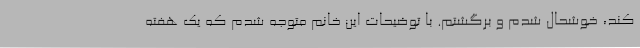
کند، خوشحال شدم و برگشتم. با توضیحات این خانم متوجه شدم که یک هفته